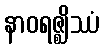
နာဝရဇ္ဈိဿံ